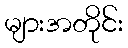
များအတိုင်း